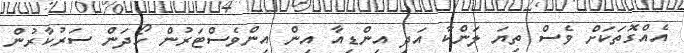
އެއްގޮތަކަށް ވެސް ތިޔަ ލަންކާ އަދި އިންޑިއާ އިން އިންވެސްޓަރުން ހޯދަން ސަރުކާރުން